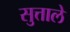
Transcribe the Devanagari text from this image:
सुत्ताले